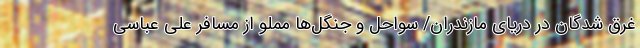
غرق شدگان در دریای مازندران/ سواحل و جنگل‌ها مملو از مسافر علی عباسی